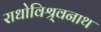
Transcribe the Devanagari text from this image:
राधोविश्र्वनाथ